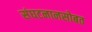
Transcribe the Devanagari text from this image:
संघटनानसोबत